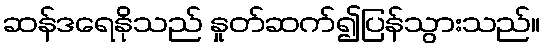
ဆန်ဒရေနိုသည် နှုတ်ဆက်၍ပြန်သွားသည်။